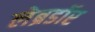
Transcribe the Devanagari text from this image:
लेब्रडॉर